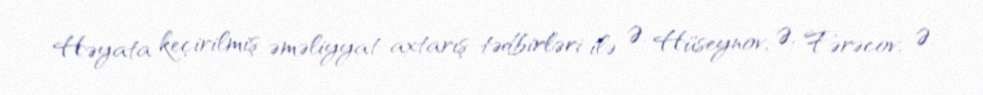
Həyata keçirilmiş əməliyyat-axtarış tədbirləri ilə Ə. Hüseynov, Ə. Fərəcov, Ə.